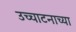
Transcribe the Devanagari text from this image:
उच्चाटनाच्या